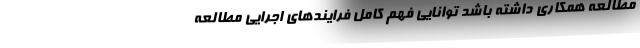
مطالعه همکاری داشته باشد توانایی فهم کامل فرایند‌های اجرایی مطالعه